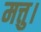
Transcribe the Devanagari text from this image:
मत्तु।